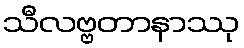
သီလဗ္ဗတာနာဿု